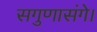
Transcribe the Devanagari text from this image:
सगुणासंगे।